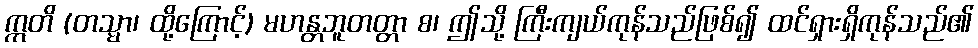
ဣတိ (တသ္မာ၊ ထို့ကြောင့်) မဟန္တဘူတတ္တာ စ၊ ဤသို့ ကြီးကျယ်ကုန်သည်ဖြစ်၍ ထင်ရှားရှိကုန်သည်၏